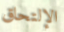
الإلتحاق